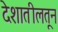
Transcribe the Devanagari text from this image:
देशातीलतून